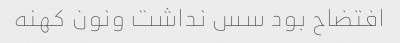
افتضاح بود سس نداشت ونون کهنه